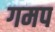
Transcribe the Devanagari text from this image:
गमप